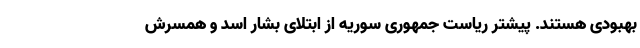
بهبودی هستند. پیشتر ریاست جمهوری سوریه از ابتلای بشار اسد و همسرش